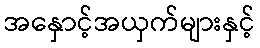
အနှောင့်အယှက်များနှင့်